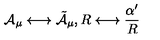
{ \cal A } _ { \mu } \longleftrightarrow \tilde { \cal A } _ { \mu } , R \longleftrightarrow \frac { \alpha ^ { \prime } } { R }